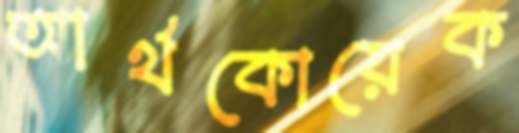
আর্থকোয়েক